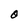
Character: O